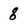
Character: 8